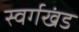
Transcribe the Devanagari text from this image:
स्वर्गखंड